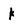
Character: K